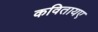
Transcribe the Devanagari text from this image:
कवितायए